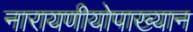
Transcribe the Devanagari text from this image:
नारायणीयोपाख्यान